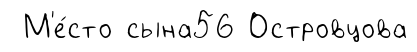
М'е́сто сына56 Островцова